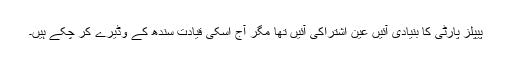
پیپلز پارٹی کا بنیادی آئیں عین اشتراکی آئیں تھا مگر آج اسکی قیادت سندھ کے وڈیرے کر چکے ہیں۔